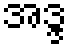
အဒ္ဒ